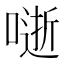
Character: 𭊅